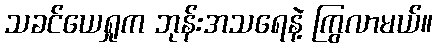
သခင်ယေရှုက ဘုန်းအသရေနဲ့ ကြွလာမယ်။